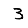
Digit: 3